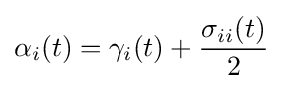
\alpha _{i}(t)=\gamma _{i}(t)+{\frac {\sigma _{ii}(t)}{2}}